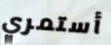
أستمري